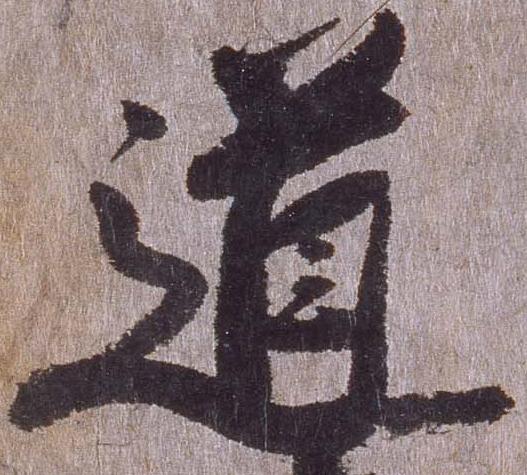
道